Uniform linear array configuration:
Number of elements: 24
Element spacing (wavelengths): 0.5
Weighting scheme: uniform
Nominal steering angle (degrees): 0
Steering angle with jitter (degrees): -0.1434
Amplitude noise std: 0.05
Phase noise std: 0.05

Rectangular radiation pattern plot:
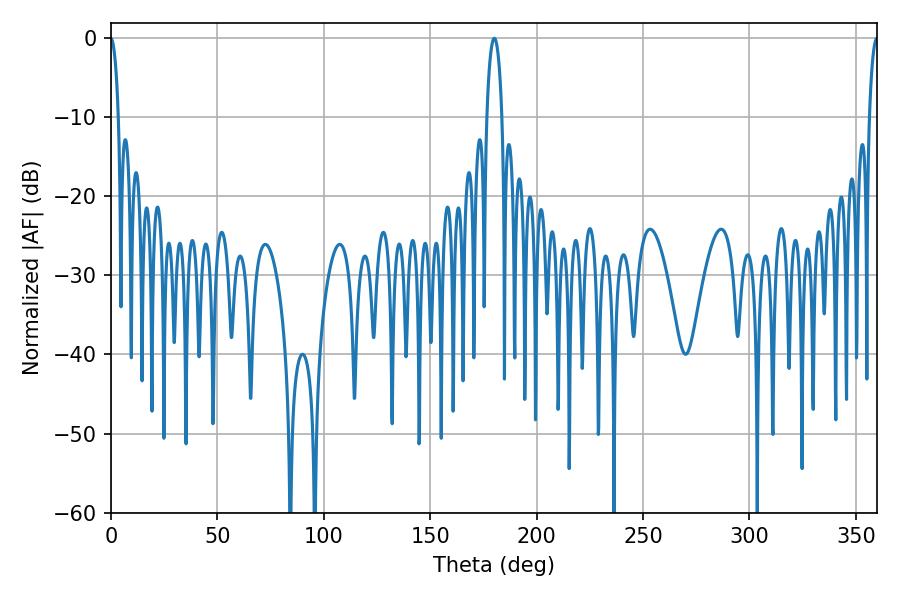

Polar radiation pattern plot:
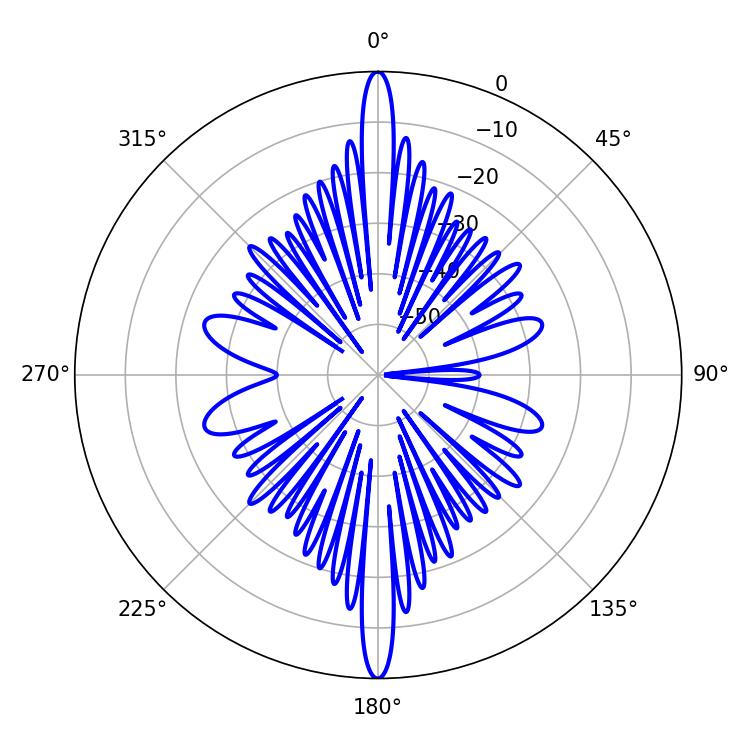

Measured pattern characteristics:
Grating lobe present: FALSE
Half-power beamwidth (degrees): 2.16
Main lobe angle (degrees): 359.82